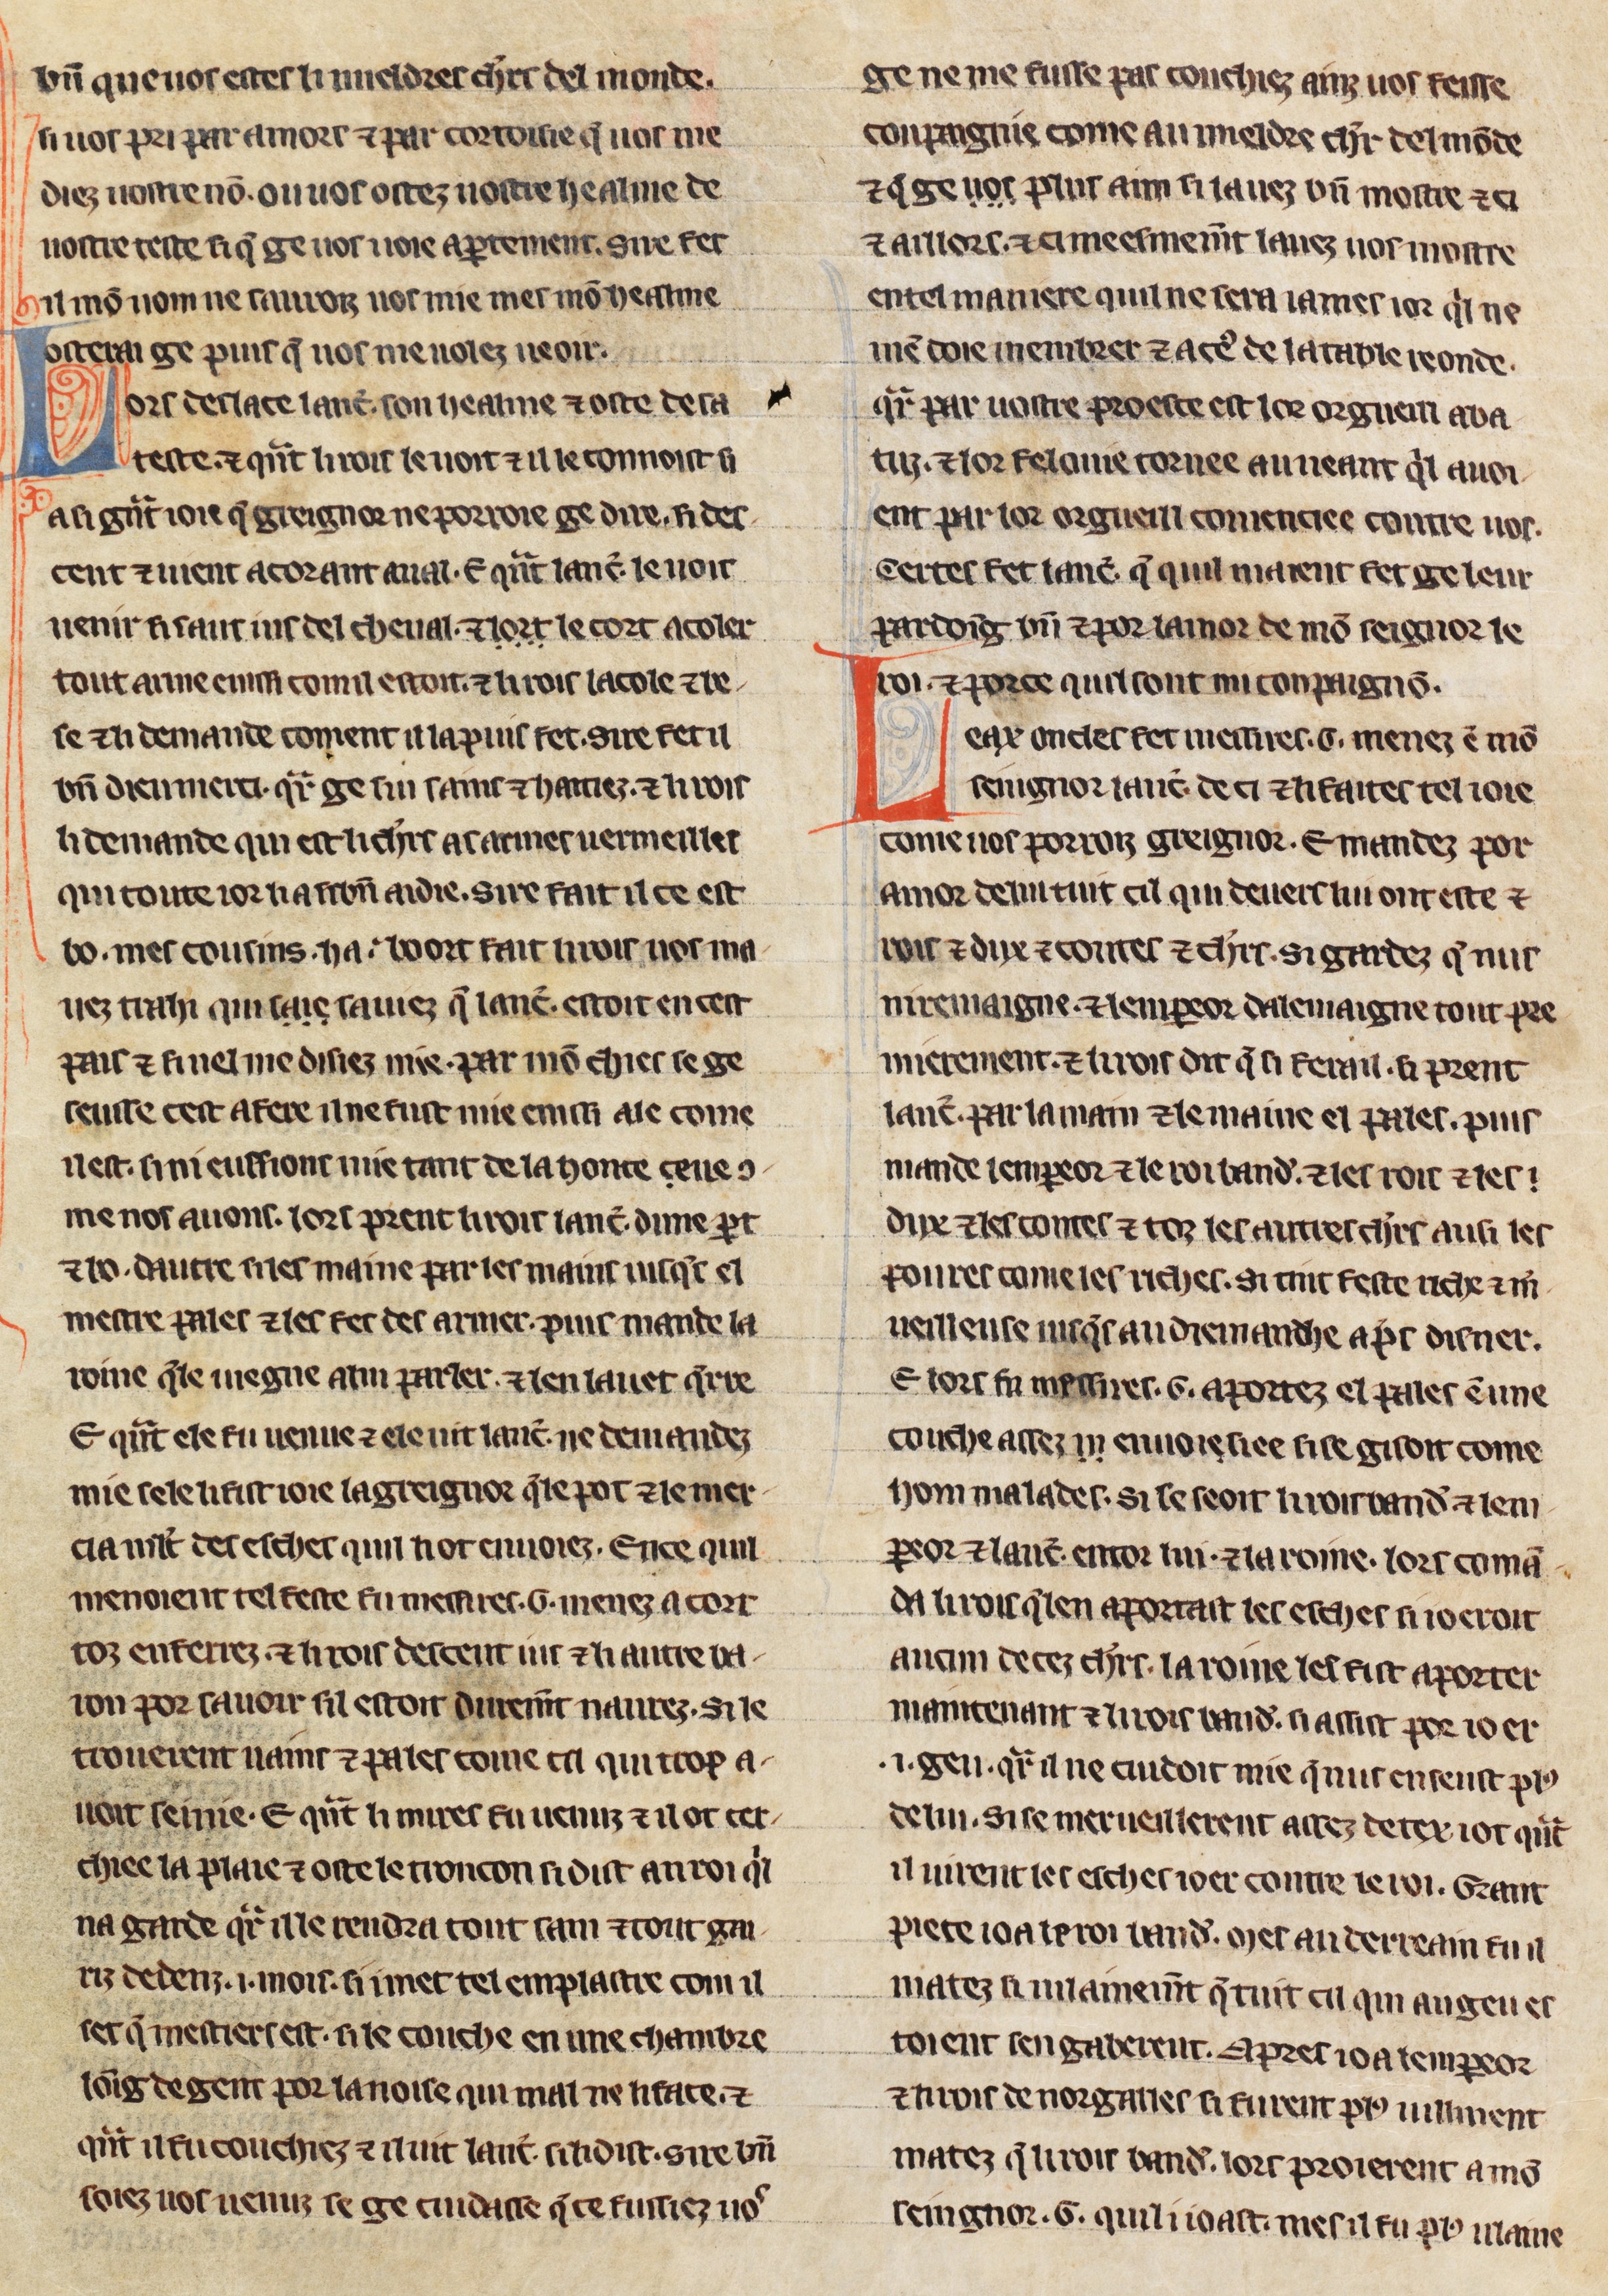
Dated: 1275–1299